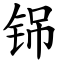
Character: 铞